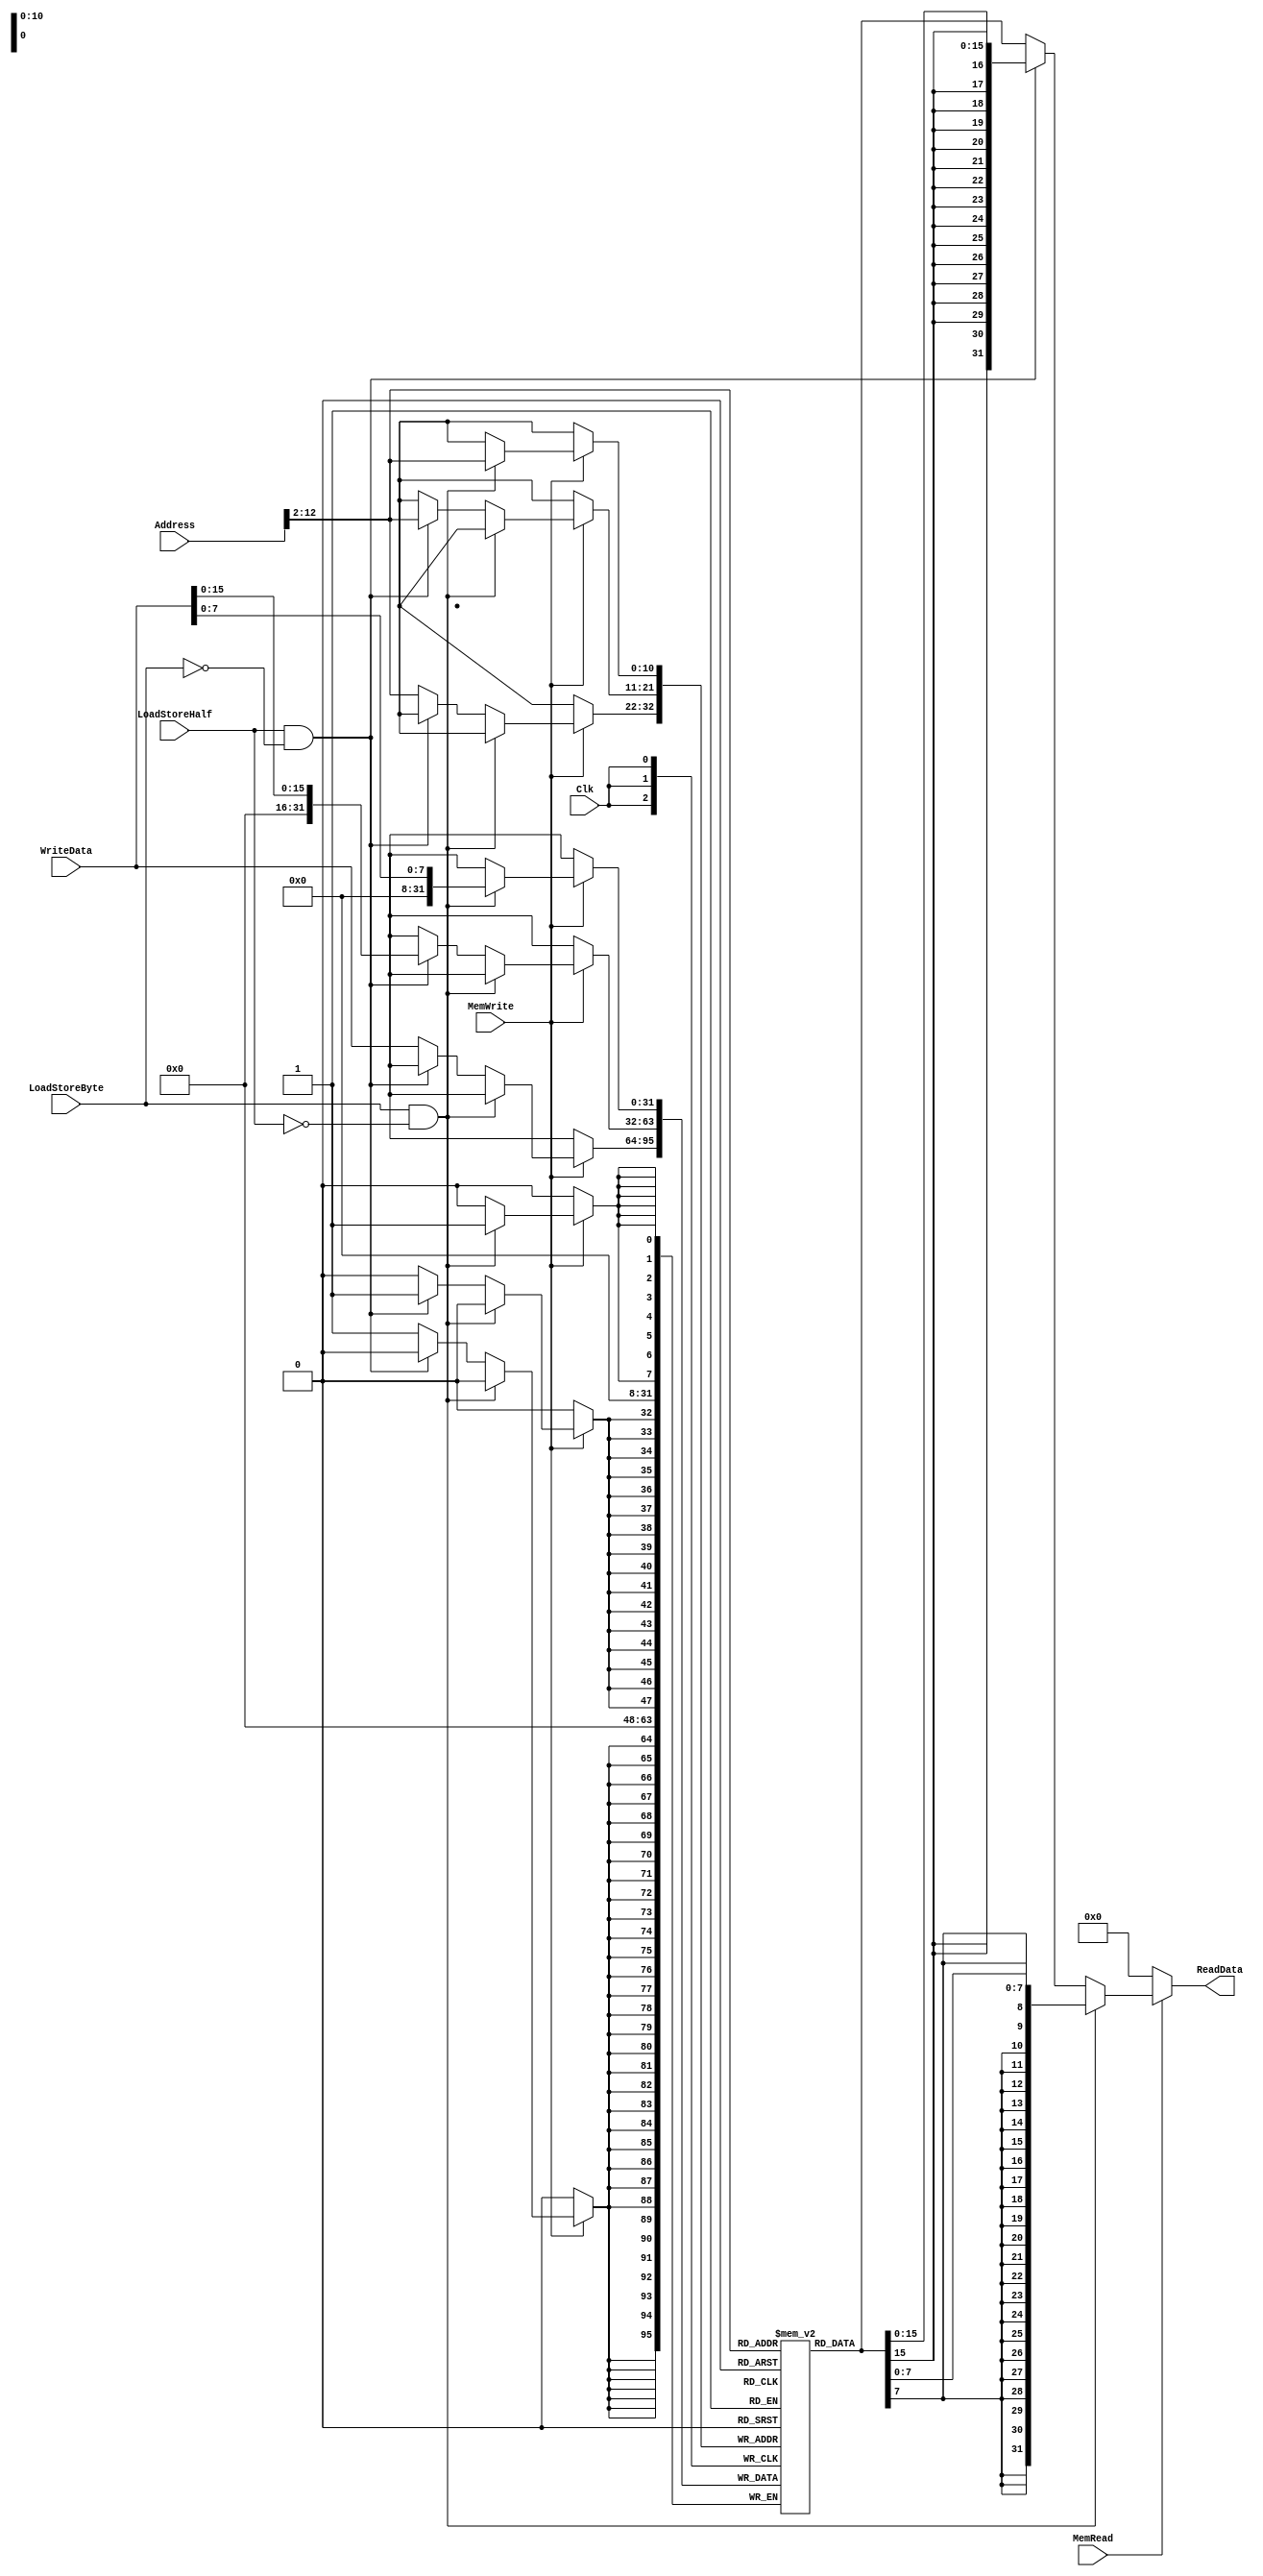
`timescale 1ns / 1ps

////////////////////////////////////////////////////////////////////////////////
// ECE369 - Computer Architecture
// 
// Module - data_memory.v
// Description - 32-Bit wide data memory.
//
// INPUTS:-
// Address: 32-Bit address input port.
// WriteData: 32-Bit input port.
// Clk: 1-Bit Input clock signal.
// MemWrite: 1-Bit control signal for memory write.
// MemRead: 1-Bit control signal for memory read.
//
// OUTPUTS:-
// ReadData: 32-Bit registered output port.
//
// FUNCTIONALITY:-
// Design the above memory similar to the 'RegisterFile' model in the previous 
// assignment.  Create a 1K memory, for which we need 10 bits.  In order to 
// implement byte addressing, we will use bits Address[11:2] to index the 
// memory location. The 'WriteData' value is written into the address 
// corresponding to Address[11:2] in the positive clock edge if 'MemWrite' 
// signal is 1. 'ReadData' is the value of memory location Address[11:2] if 
// 'MemRead' is 1, otherwise, it is 0x00000000. The reading of memory is not 
// clocked.
//
// you need to declare a 2d array. in this case we need an array of 1024 (1K)  
// 32-bit elements for the memory.   
// for example,  to declare an array of 256 32-bit elements, declaration is: reg[31:0] memory[0:255]
// if i continue with the same declaration, we need 8 bits to index to one of 256 elements. 
// however , address port for the data memory is 32 bits. from those 32 bits, least significant 2 
// bits help us index to one of the 4 bytes within a single word. therefore we only need bits [9-2] 
// of the "Address" input to index any of the 256 words. 
////////////////////////////////////////////////////////////////////////////////

module DataMemory(Address, WriteData, Clk, MemWrite, MemRead, ReadData, LoadStoreByte, LoadStoreHalf); 

    input [31:0] Address; 	// Input Address 
    input [31:0] WriteData; // Data that needs to be written into the address 
    input Clk;
    input MemWrite; 		// Control signal for memory write 
    input MemRead; 			// Control signal for memory read
    input LoadStoreByte;    // Control signal for byte
    input LoadStoreHalf;    // Control signal for Half

    output reg[31:0] ReadData; // Contents of memory location at Address

    /* Please fill in the implementation here */
    reg [31:0] memory[0:2047];
    
    integer i;
    
    initial begin
        memory[0] = 32'd16;
        memory[1] = 32'd16;
        memory[2] = 32'd4;
        memory[3] = 32'd8;
        memory[4] = 32'd9;
        memory[5] = 32'd9;
        memory[6] = 32'd9;
        memory[7] = 32'd9;
        memory[8] = 32'd0;
        memory[9] = 32'd0;
        memory[10] = 32'd0;
        memory[11] = 32'd0;
        memory[12] = 32'd0;
        memory[13] = 32'd0;
        memory[14] = 32'd0;
        memory[15] = 32'd0;
        memory[16] = 32'd6;
        memory[17] = 32'd7;
        memory[18] = 32'd7;
        memory[19] = 32'd7;
        memory[20] = 32'd9;
        memory[21] = 32'd7;
        memory[22] = 32'd7;
        memory[23] = 32'd7;
        memory[24] = 32'd7;
        memory[25] = 32'd5;
        memory[26] = 32'd6;
        memory[27] = 32'd7;
        memory[28] = 32'd8;
        memory[29] = 32'd9;
        memory[30] = 32'd10;
        memory[31] = 32'd11;
        memory[32] = 32'd6;
        memory[33] = 32'd7;
        memory[34] = 32'd7;
        memory[35] = 32'd7;
        memory[36] = 32'd9;
        memory[37] = 32'd7;
        memory[38] = 32'd7;
        memory[39] = 32'd7;
        memory[40] = 32'd7;
        memory[41] = 32'd3;
        memory[42] = 32'd12;
        memory[43] = 32'd14;
        memory[44] = 32'd16;
        memory[45] = 32'd18;
        memory[46] = 32'd20;
        memory[47] = 32'd6;
        memory[48] = 32'd6;
        memory[49] = 32'd7;
        memory[50] = 32'd7;
        memory[51] = 32'd7;
        memory[52] = 32'd9;
        memory[53] = 32'd7;
        memory[54] = 32'd7;
        memory[55] = 32'd7;
        memory[56] = 32'd7;
        memory[57] = 32'd4;
        memory[58] = 32'd18;
        memory[59] = 32'd21;
        memory[60] = 32'd24;
        memory[61] = 32'd27;
        memory[62] = 32'd30;
        memory[63] = 32'd33;
        memory[64] = 32'd6;
        memory[65] = 32'd7;
        memory[66] = 32'd7;
        memory[67] = 32'd7;
        memory[68] = 32'd0;
        memory[69] = 32'd7;
        memory[70] = 32'd7;
        memory[71] = 32'd7;
        memory[72] = 32'd7;
        memory[73] = 32'd5;
        memory[74] = 32'd24;
        memory[75] = 32'd28;
        memory[76] = 32'd32;
        memory[77] = 32'd36;
        memory[78] = 32'd40;
        memory[79] = 32'd44;
        memory[80] = 32'd48;
        memory[81] = 32'd52;
        memory[82] = 32'd56;
        memory[83] = 32'd60;
        memory[84] = 32'd0;
        memory[85] = 32'd5;
        memory[86] = 32'd3;
        memory[87] = 32'd4;
        memory[88] = 32'd5;
        memory[89] = 32'd6;
        memory[90] = 32'd30;
        memory[91] = 32'd35;
        memory[92] = 32'd40;
        memory[93] = 32'd45;
        memory[94] = 32'd50;
        memory[95] = 32'd55;
        memory[96] = 32'd60;
        memory[97] = 32'd65;
        memory[98] = 32'd70;
        memory[99] = 32'd75;
        memory[100] = 32'd0;
        memory[101] = 32'd6;
        memory[102] = 32'd12;
        memory[103] = 32'd18;
        memory[104] = 32'd24;
        memory[105] = 32'd30;
        memory[106] = 32'd36;
        memory[107] = 32'd42;
        memory[108] = 32'd48;
        memory[109] = 32'd54;
        memory[110] = 32'd60;
        memory[111] = 32'd66;
        memory[112] = 32'd72;
        memory[113] = 32'd78;
        memory[114] = 32'd84;
        memory[115] = 32'd90;
        memory[116] = 32'd0;
        memory[117] = 32'd4;
        memory[118] = 32'd14;
        memory[119] = 32'd21;
        memory[120] = 32'd28;
        memory[121] = 32'd35;
        memory[122] = 32'd42;
        memory[123] = 32'd49;
        memory[124] = 32'd56;
        memory[125] = 32'd63;
        memory[126] = 32'd70;
        memory[127] = 32'd77;
        memory[128] = 32'd84;
        memory[129] = 32'd91;
        memory[130] = 32'd98;
        memory[131] = 32'd105;
        memory[132] = 32'd0;
        memory[133] = 32'd8;
        memory[134] = 32'd16;
        memory[135] = 32'd24;
        memory[136] = 32'd32;
        memory[137] = 32'd40;
        memory[138] = 32'd48;
        memory[139] = 32'd56;
        memory[140] = 32'd64;
        memory[141] = 32'd72;
        memory[142] = 32'd80;
        memory[143] = 32'd88;
        memory[144] = 32'd96;
        memory[145] = 32'd104;
        memory[146] = 32'd112;
        memory[147] = 32'd120;
        memory[148] = 32'd0;
        memory[149] = 32'd9;
        memory[150] = 32'd18;
        memory[151] = 32'd27;
        memory[152] = 32'd36;
        memory[153] = 32'd45;
        memory[154] = 32'd54;
        memory[155] = 32'd63;
        memory[156] = 32'd72;
        memory[157] = 32'd81;
        memory[158] = 32'd90;
        memory[159] = 32'd99;
        memory[160] = 32'd108;
        memory[161] = 32'd117;
        memory[162] = 32'd126;
        memory[163] = 32'd135;
        memory[164] = 32'd0;
        memory[165] = 32'd10;
        memory[166] = 32'd20;
        memory[167] = 32'd30;
        memory[168] = 32'd40;
        memory[169] = 32'd50;
        memory[170] = 32'd60;
        memory[171] = 32'd70;
        memory[172] = 32'd80;
        memory[173] = 32'd90;
        memory[174] = 32'd100;
        memory[175] = 32'd110;
        memory[176] = 32'd120;
        memory[177] = 32'd130;
        memory[178] = 32'd140;
        memory[179] = 32'd150;
        memory[180] = 32'd0;
        memory[181] = 32'd11;
        memory[182] = 32'd22;
        memory[183] = 32'd33;
        memory[184] = 32'd44;
        memory[185] = 32'd55;
        memory[186] = 32'd66;
        memory[187] = 32'd77;
        memory[188] = 32'd88;
        memory[189] = 32'd99;
        memory[190] = 32'd110;
        memory[191] = 32'd121;
        memory[192] = 32'd132;
        memory[193] = 32'd143;
        memory[194] = 32'd154;
        memory[195] = 32'd165;
        memory[196] = 32'd9;
        memory[197] = 32'd9;
        memory[198] = 32'd9;
        memory[199] = 32'd9;
        memory[200] = 32'd9;
        memory[201] = 32'd9;
        memory[202] = 32'd9;
        memory[203] = 32'd9;
        memory[204] = 32'd96;
        memory[205] = 32'd108;
        memory[206] = 32'd120;
        memory[207] = 32'd132;
        memory[208] = 32'd0;
        memory[209] = 32'd1;
        memory[210] = 32'd2;
        memory[211] = 32'd3;
        memory[212] = 32'd9;
        memory[213] = 32'd9;
        memory[214] = 32'd9;
        memory[215] = 32'd9;
        memory[216] = 32'd9;
        memory[217] = 32'd9;
        memory[218] = 32'd9;
        memory[219] = 32'd9;
        memory[220] = 32'd96;
        memory[221] = 32'd108;
        memory[222] = 32'd120;
        memory[223] = 32'd132;
        memory[224] = 32'd0;
        memory[225] = 32'd1;
        memory[226] = 32'd2;
        memory[227] = 32'd3;
        memory[228] = 32'd9;
        memory[229] = 32'd9;
        memory[230] = 32'd9;
        memory[231] = 32'd9;
        memory[232] = 32'd9;
        memory[233] = 32'd9;
        memory[234] = 32'd9;
        memory[235] = 32'd9;
        memory[236] = 32'd96;
        memory[237] = 32'd108;
        memory[238] = 32'd120;
        memory[239] = 32'd132;
        memory[240] = 32'd0;
        memory[241] = 32'd1;
        memory[242] = 32'd2;
        memory[243] = 32'd3;
        memory[244] = 32'd9;
        memory[245] = 32'd9;
        memory[246] = 32'd9;
        memory[247] = 32'd9;
        memory[248] = 32'd9;
        memory[249] = 32'd9;
        memory[250] = 32'd9;
        memory[251] = 32'd9;
        memory[252] = 32'd96;
        memory[253] = 32'd108;
        memory[254] = 32'd120;
        memory[255] = 32'd132;
        memory[256] = 32'd0;
        memory[257] = 32'd1;
        memory[258] = 32'd2;
        memory[259] = 32'd3;
        memory[260] = 32'd9;
        memory[261] = 32'd9;
        memory[262] = 32'd9;
        memory[263] = 32'd9;
        memory[264] = 32'd9;
        memory[265] = 32'd9;
        memory[266] = 32'd9;
        memory[267] = 32'd9;
        memory[268] = 32'd9;
        memory[269] = 32'd9;
        memory[270] = 32'd9;
        memory[271] = 32'd9;
        memory[272] = 32'd9;
        memory[273] = 32'd9;
        memory[274] = 32'd9;
        memory[275] = 32'd9;
        memory[276] = 32'd9;
        memory[277] = 32'd9;
        memory[278] = 32'd9;
        memory[279] = 32'd9;
        memory[280] = 32'd9;
        memory[281] = 32'd9;
        memory[282] = 32'd9;
        memory[283] = 32'd9;
        memory[284] = 32'd9;
        memory[285] = 32'd9;
        memory[286] = 32'd9;
        memory[287] = 32'd9;
        memory[288] = 32'd9;
        memory[289] = 32'd9;
        memory[290] = 32'd9;
        memory[291] = 32'd9;
        memory[292] = 32'd0;
                    
        for(i=293; i < 2048; i = i + 1) begin
           memory[i] <= 32'b0;    
        end
    end
    
    always@(posedge Clk)begin   //, MemRead
        //If MemWrite is 1, write to the memory address
        if(MemWrite == 1'b1) begin
            if(LoadStoreByte == 1'b1 && LoadStoreHalf == 1'b0) memory[Address[12:2]][7:0] = WriteData[7:0];
            else if(LoadStoreHalf == 1'b1 && LoadStoreByte == 1'b0) memory[Address[12:2]][15:0] = WriteData[15:0];
            else memory[Address[12:2]] = WriteData;
        end
    end
    
    always@(MemRead or Address)begin        
        //If MemRead is 1, Read from the memory address
       if(MemRead == 1'b1) begin
            if(LoadStoreByte == 1'b1 && LoadStoreHalf == 1'b0) ReadData <= {{24{memory[Address[12:2]][7]}}, memory[Address[12:2]][7:0]};
            else if(LoadStoreHalf == 1'b1 && LoadStoreByte == 1'b0) ReadData <= {{16{memory[Address[12:2]][15]}}, memory[Address[12:2]][15:0]};
            else ReadData <= memory[Address[12:2]];
        end
       else ReadData <= 'h00000000;
    end

endmodule